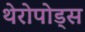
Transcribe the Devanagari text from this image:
थेरोपोड्स